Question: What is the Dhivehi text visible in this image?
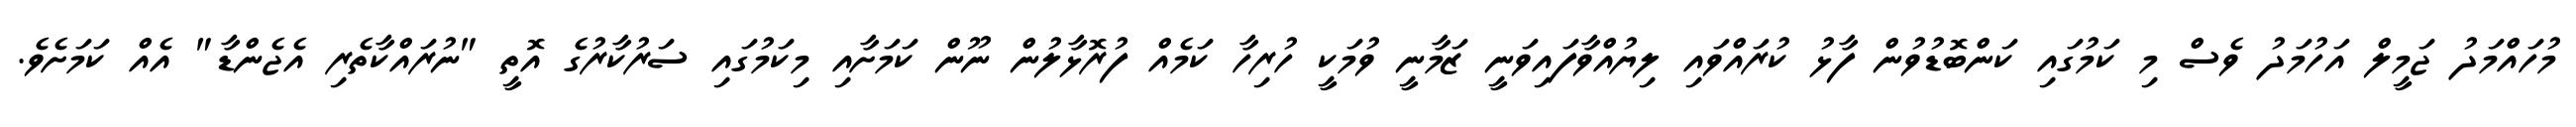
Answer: މުހައްމަދު ޖަމީލް އަހުމަދު ވެސް މި ކަމުގައި ކަންބޮޑުވުން ފާޅު ކުރައްވައި ލިޔުއްވާފައިވަނީ ޒަމާނީ ވުމަކީ ހުރިހާ ކަމެއް ފުރޮޅާލުން ނޫން ކަމަށާއި މިކަމުގައި ސަރުކާރުގެ އޮތީ "ނުރައްކާތެރި އެޖެންޑާ" އެއް ކަމަށެވެ.